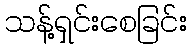
သန့်ရှင်းစေခြင်း